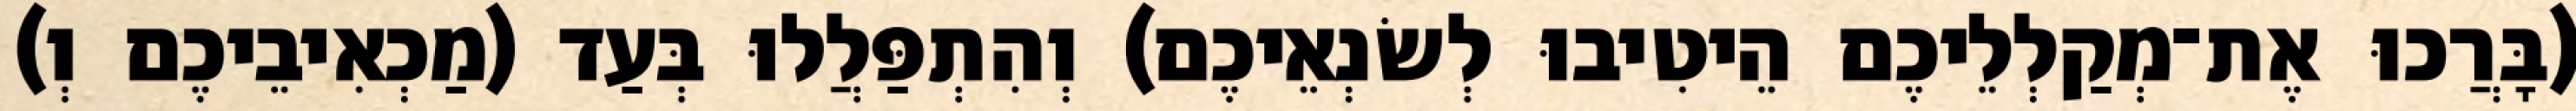
(בָּרֲכוּ אֶת־מְקַלְלֵיכֶם הֵיטִיבוּ לְשׂנְאֵיכֶם) וְהִתְפַּלֲלוּ בְּעַד (מַכְאִיבֵיכֶם וְ)